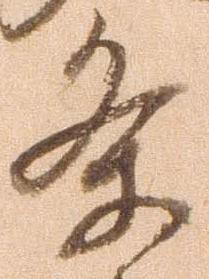
条